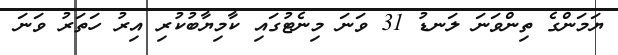
ޔަމަންގެ ތިންވަނަ ލަނޑު 31 ވަނަ މިނެޓުގައި ކާމިޔާބުކުރި އިރު ހަތަރު ވަނަ